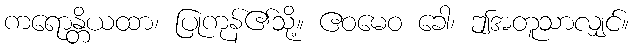
ကရောန္တိယထာ၊ ပြုကုန်၏သို့။ ဧဝမေဝ ခေါ၊ ဤအတူသာလျှင်။